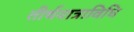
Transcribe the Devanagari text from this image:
तीर्थयात्राविधि